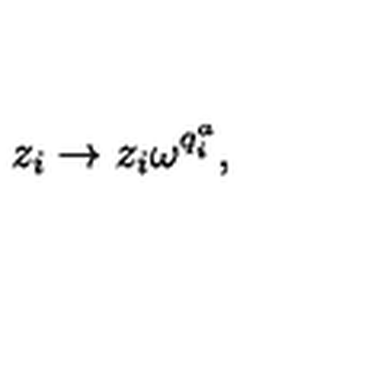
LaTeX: z _ { i } \rightarrow z _ { i } \omega ^ { q _ { i } ^ { a } } ,